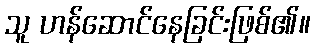
သူ ဟန်ဆောင်နေခြင်းဖြစ်၏။